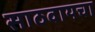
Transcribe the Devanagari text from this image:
साठवायचा